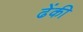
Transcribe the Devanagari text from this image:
ढेंकी